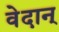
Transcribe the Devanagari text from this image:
वेदान्